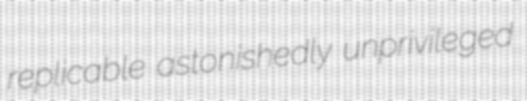
replicable astonishedly unprivileged